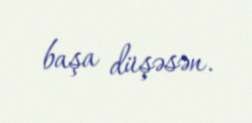
başa düşəsən.